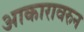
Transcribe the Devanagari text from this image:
आकारावरुन